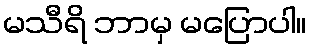
မသီရိ ဘာမှ မပြောပါ။